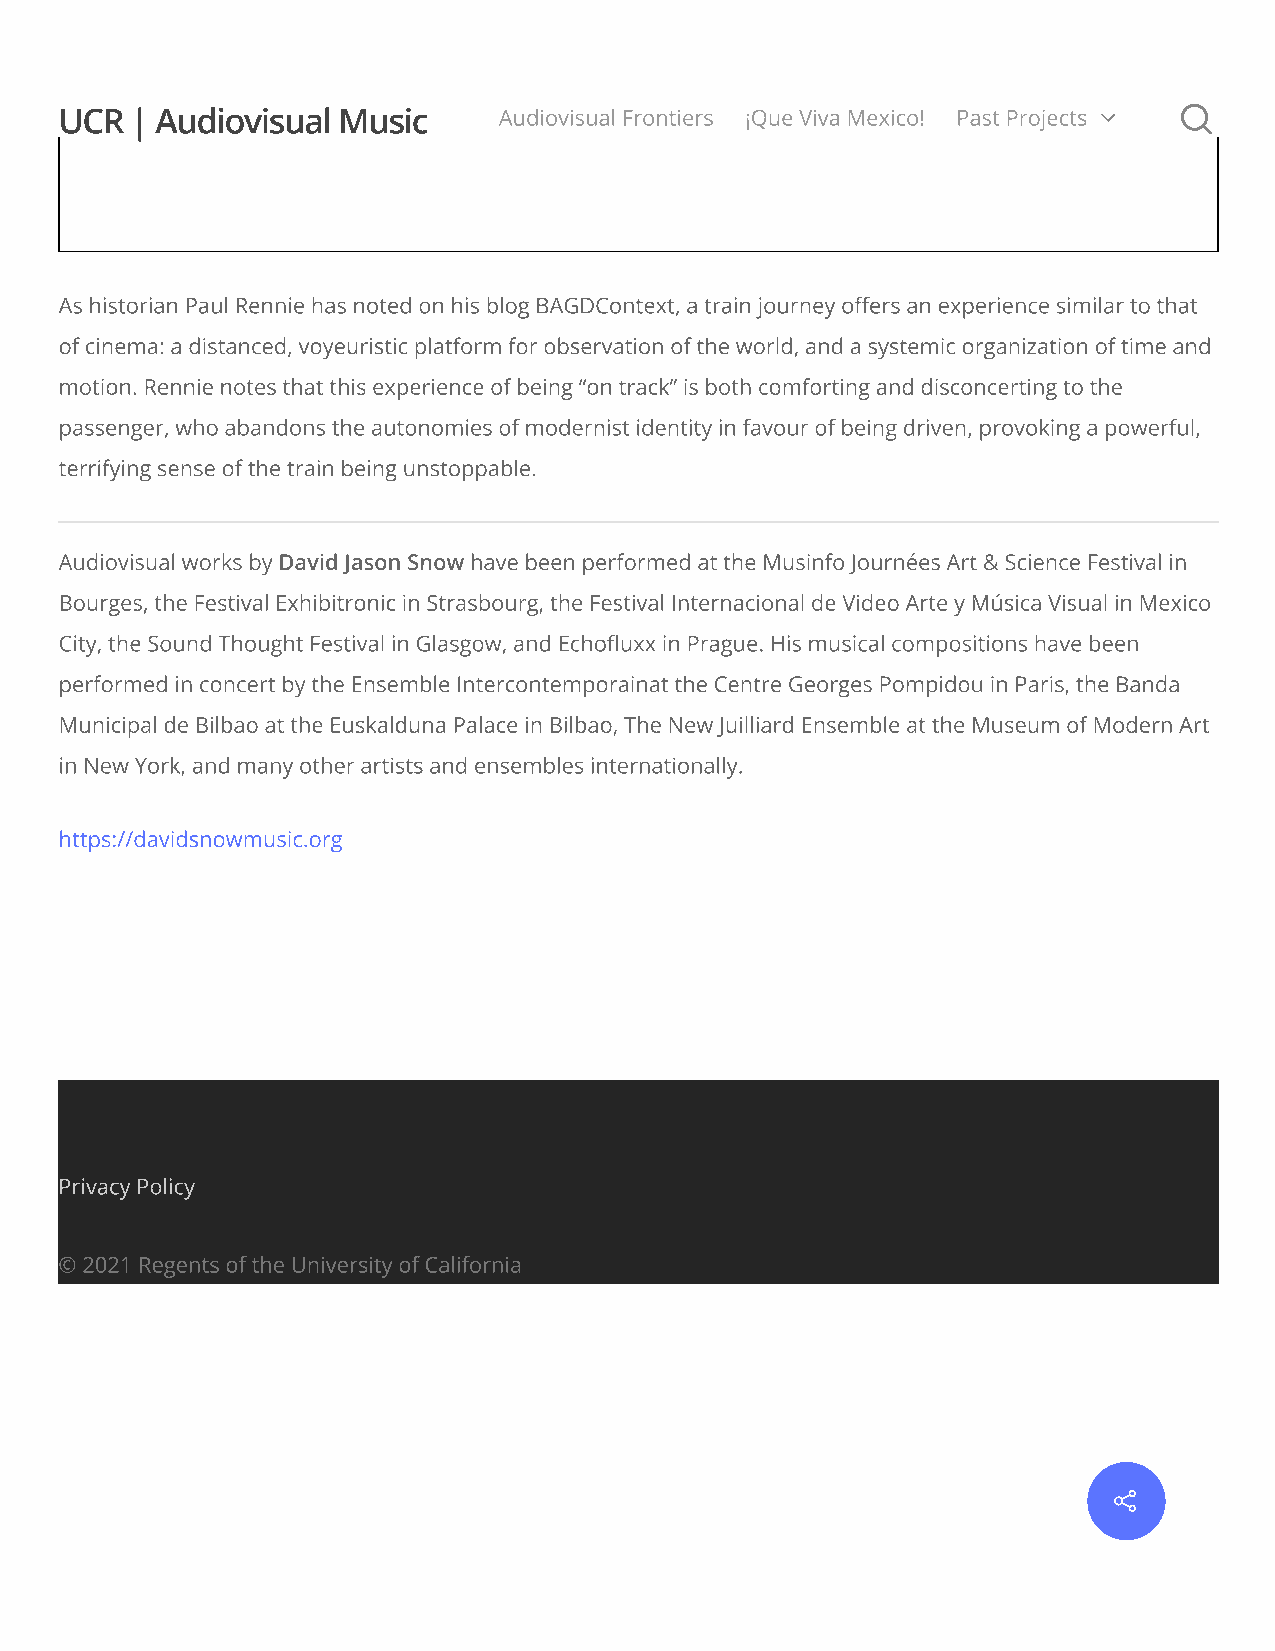

 UCR  | Audiovisual Music     Audiovisual Frontiers ¡Que Viva Mexico! Past Projects  
 As historian Paul Rennie has noted on his blog BAGDContext, a train journey oers an experience similar to that
 of cinema: a distanced, voyeuristic platform for observation of the world, and a systemic organization of time and
 motion. Rennie notes that this experience of being “on track” is both comforting and disconcerting to the
 passenger, who abandons the autonomies of modernist identity in favour of being driven, provoking a powerful,
 terrifying sense of the train being unstoppable.
 Audiovisual works by David Jason Snow have been performed at the Musinfo Journées Art & Science Festival in
 Bourges, the Festival Exhibitronic in Strasbourg, the Festival Internacional de Video Arte y Música Visual in Mexico
 City, the Sound Thought Festival in Glasgow, and Echouxx in Prague. His musical compositions have been
 performed in concert by the Ensemble Intercontemporainat the Centre Georges Pompidou in Paris, the Banda
 Municipal de Bilbao at the Euskalduna Palace in Bilbao, The New Juilliard Ensemble at the Museum of Modern Art
 in New York, and many other artists and ensembles internationally.
 https://davidsnowmusic.org
 Privacy Policy
 © 2021 Regents of the University of California
 